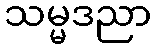
သမ္မဒညာ